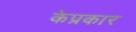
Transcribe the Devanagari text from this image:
केप्रकार